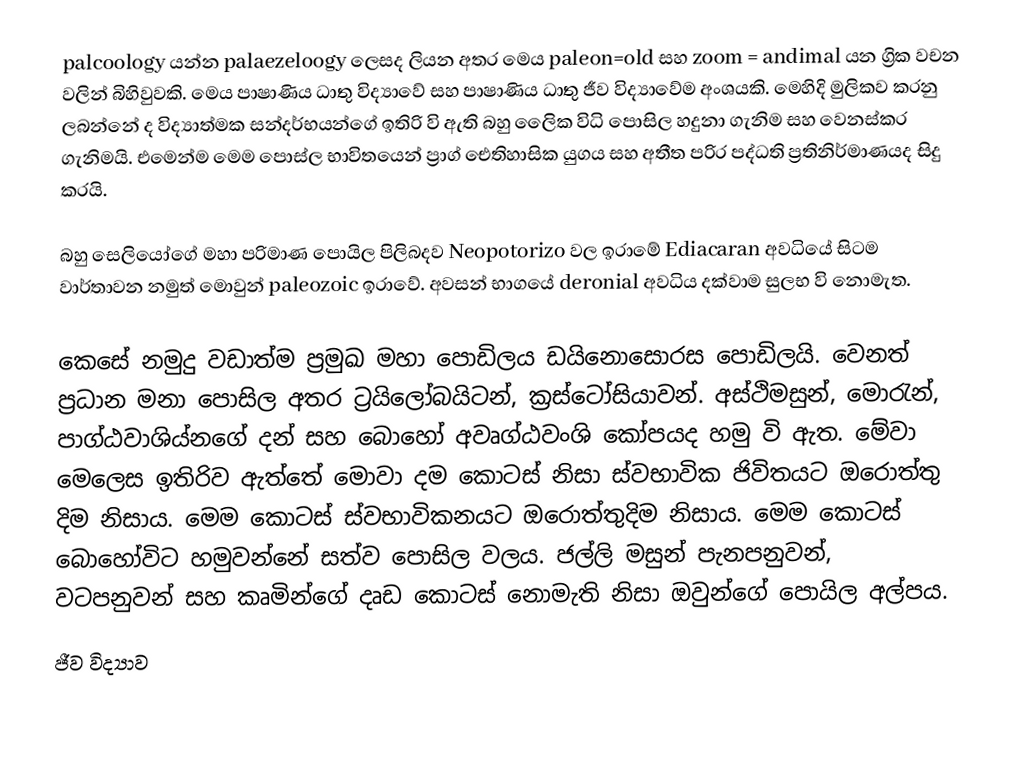
palcoology යන්න palaezeloogy ලෙසද ලියන අතර මෙය paleon=old සහ zoom = andimal යන ග්‍රික වචන වලින් බිහිවුවකි. මෙය පාෂාණිය ධාතු විද්‍යාවේ සහ පාෂාණිය ධාතු ජීව විද්‍යාවේම අංශයකි. මෙහිදි මුලිකව කරනු ලබන්නේ ද විද්‍යාත්මක සන්දර්භයන්ගේ ඉතිරි වි ඇති බහු ලෛික විධි පොසිල හදුනා ගැනිම සහ වෙනස්කර ගැනිමයි. එමෙන්ම මෙම පොස්ල භාවිතයෙන් ප්‍රාග් ඓතිහාසික යුගය සහ අතීත පරිර පද්ධති ප්‍රතිනිර්මාණයද සිදු කරයි.

	බහු සෙලියෝගේ මහා පරිමාණ පොයිල පිලිබදව Neopotorizo වල ඉරාමේ Ediacaran අවධියේ සිටම වාර්තාවන නමුත් මොවුන් paleozoic  ඉරාවේ. අවසන් භාගයේ deronial අවධිය දක්වාම සුලභ වි නොමැත.

	කෙසේ නමුදු වඩාත්ම ප්‍රමුඛ මහා පොඩිලය ඩයිනොසොරස පොඩිලයි. වෙනත් ප්‍රධාන මනා පොසිල අතර ට්‍රයිලෝබයිටන්, ක්‍රස්ටෝසියාවන්. අස්ථිමසුන්, මොරැන්, පාග්ඨවාශිය්නගේ දන් සහ බො‍හෝ අවෘග්ඨවංශි කෝපයද හමු වි ඇත. මේවා මෙලෙස ඉතිරිව ඇත්තේ මොවා දම කොටස් නිසා ස්වභාවික ජිවිතයට ඔරොත්තු දිම නිසාය. මෙම කොටස් ස්වභාවිකනයට ඔරොත්තුදිම නිසාය. මෙම කොටස් බො‍හෝවිට හමුවන්නේ සත්ව පොසිල වලය. ජල්ලි මසුන් පැනපනුවන්, වටපනුවන් සහ කෘමින්ගේ දෘඩ කොටස් නොමැති නිසා ඔවුන්ගේ පොයිල අල්පය.
ජීව විද්‍යාව